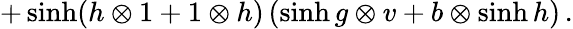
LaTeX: +\sinh(h\otimes 1+1\otimes h)\, (\sinh g\otimes v+b\otimes\sinh h)\, .